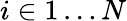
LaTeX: i\in 1\dots N